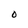
Character: O